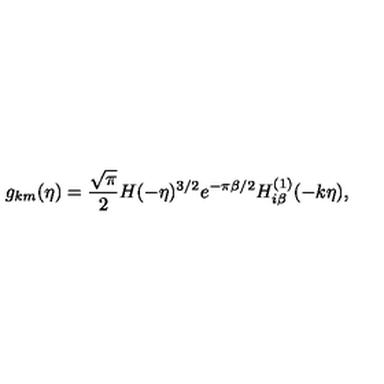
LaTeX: g _ { k m } ( \eta ) = \frac { \sqrt { \pi } } { 2 } H ( - \eta ) ^ { 3 / 2 } e ^ { - \pi \beta / 2 } H _ { i \beta } ^ { ( 1 ) } ( - k \eta ) ,